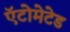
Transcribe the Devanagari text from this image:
ऍटोमेटेड